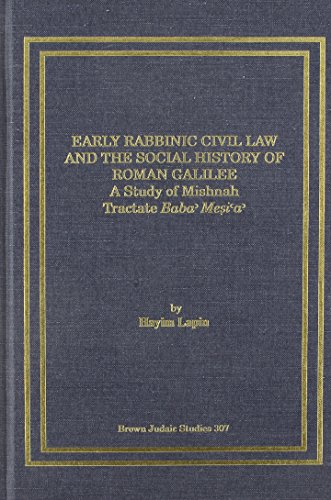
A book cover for Early Rabbinic Civil Law and the Social History of Roman  Galilee: A Study of Mishnah Tractate Baba Mesia; Hayim Lapin; Religion & Spirituality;